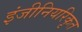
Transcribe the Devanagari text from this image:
इंजीनियरिकृत